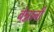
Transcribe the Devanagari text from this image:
बेन्नानी